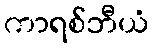
ကာရစ်ဘီယံ